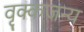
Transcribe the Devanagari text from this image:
वृक्कजन्य